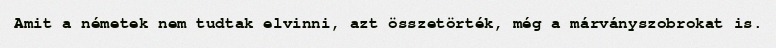
Amit a németek nem tudtak elvinni, azt összetörték, még a márványszobrokat is.